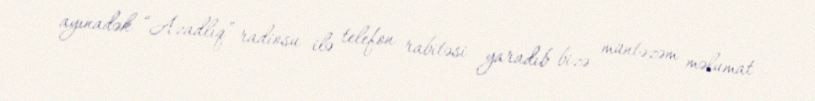
ayınadək “Azadlıq” radiosu ilə telefon rabitəsi yaradıb bizə müntəzəm məlumat